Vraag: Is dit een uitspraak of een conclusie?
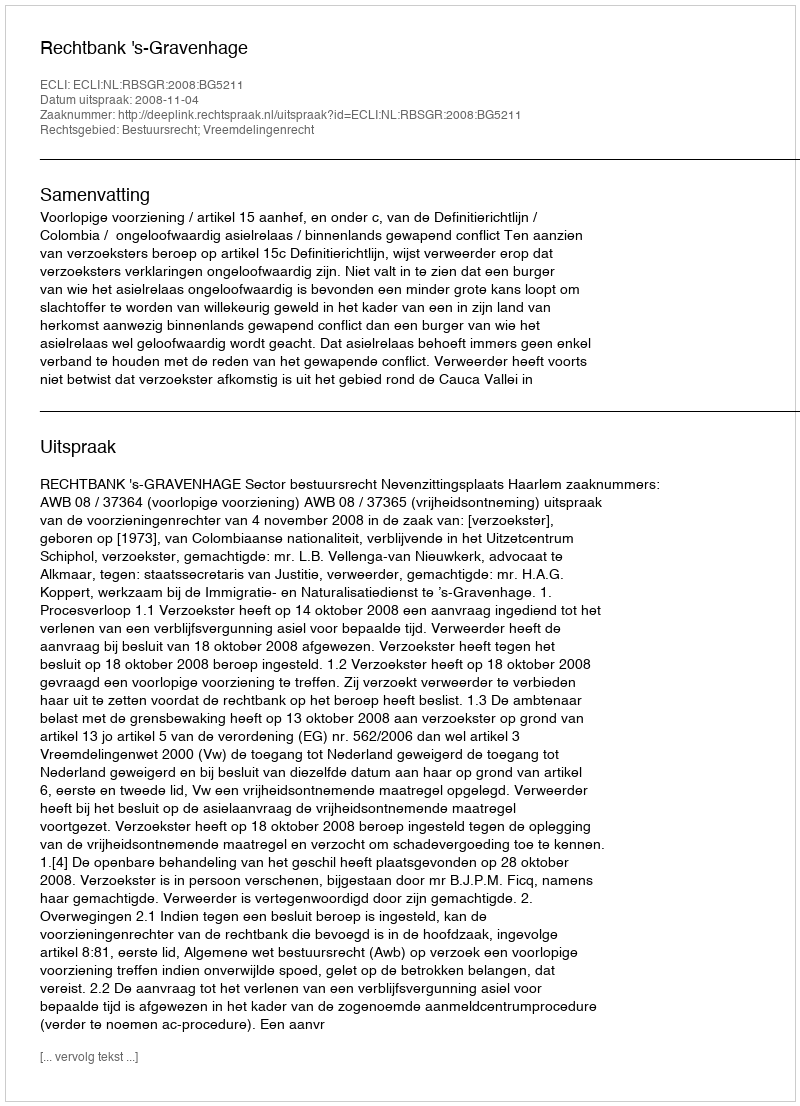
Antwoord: Uitspraak